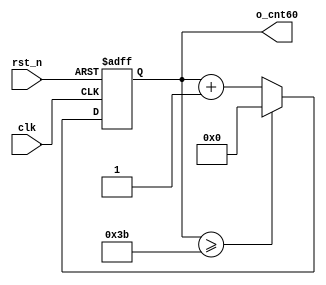
//	==================================================
//	Copyright (c) 2019 Sookmyung Women's University.
//	--------------------------------------------------
//	DEPARTMENT		: EE
//	--------------------------------------------------
//	RELEASE HISTORY
//	--------------------------------------------------
//	VERSION			DATE
//	0.0				2019-10-28
//	--------------------------------------------------
//	PURPOSE			: Seven-Segment Display
//	==================================================

//	--------------------------------------------------
//	0~59 Counter
//	--------------------------------------------------
module cnt60(	o_cnt60,
		clk,
		rst_n);

output	[5:0]	o_cnt60		;

input		clk		;
input		rst_n  		;

reg	[5:0]	o_cnt60	 	;

always @(posedge clk or negedge rst_n) begin
      	if(rst_n == 1'b0) begin
	       	o_cnt60 <= 6'd0				;
		end else begin
	    	if(o_cnt60 >= 6'd59) begin
	      		o_cnt60 <= 6'd0			;
     		end else begin
	      		o_cnt60 <= o_cnt60 + 1'b1	;
	    	end
	 end
end

endmodule

//	--------------------------------------------------
//	Numerical Controlled Oscillator
//	Hz of o_gen_clk = Clock Hz / num
//	--------------------------------------------------
module	nco(	o_gen_clk,
		i_nco_num,
		clk,
		rst_n);

output		o_gen_clk	;	// 1Hz CLK

input	[31:0]	i_nco_num	;
input     	clk		;	// 50Mhz CLK
input		rst_n		;

reg	 	[31:0]	cnt	    	;
reg			o_gen_clk	;

always @(posedge clk or negedge rst_n) begin
        	if(rst_n == 1'b0) begin
	         	cnt		<= 32'd0	;
	         	o_gen_clk	<= 1'd0     	;
	       end else begin
	      	if(cnt >= i_nco_num/2-1) begin
	        		cnt 	<= 32'd0	;
	        		o_gen_clk<= ~o_gen_clk	;
		     end else begin
			      cnt <= cnt + 1'b1		;
		end
	end
end

endmodule

//	--------------------------------------------------
//	NCO Clock Based 0~59 Counter
//	--------------------------------------------------
module	nco_cnt(	o_nco_cnt,
			i_nco_num,
			clk,
			rst_n	);

output	[5:0]	o_nco_cnt	;

input	[31:0]	i_nco_num	;
input		clk		;
input		rst_n		;

wire		gen_clk		;

nco		u_nco(		.o_gen_clk	( gen_clk	),
				.i_nco_num	( i_nco_num	),
				.clk		( clk		),
				.rst_n		( rst_n		));


cnt60		u_cnt60(	.o_cnt60	( o_nco_cnt	),
				.clk		( gen_clk	),
				.rst_n		( rst_n		));

endmodule

//	--------------------------------------------------
//	Flexible Numerical Display Decoder
//	--------------------------------------------------
module		fnd_dec(	o_seg,
				i_num);

output	[6:0]	o_seg		;	// {o_seg_a, o_seg_b, ... , o_seg_g}

input	[3:0]	i_num		;

reg   	[6:0] 	o_seg 		;  // ?? ?? 

always @(i_num) begin  
       case (i_num)
          4'd0 : o_seg = 7'b111_1110    ;
          4'd1 : o_seg = 7'b011_0000    ;
          4'd2 : o_seg = 7'b110_1101    ;
          4'd3 : o_seg = 7'b111_1001    ; 
          4'd4 : o_seg = 7'b011_0011    ; 
          4'd5 : o_seg = 7'b101_1011    ;
          4'd6 : o_seg = 7'b101_1111    ;
          4'd7 : o_seg = 7'b111_0000    ;
          4'd8 : o_seg = 7'b111_1111    ;
          4'd9 : o_seg = 7'b111_0011    ;
          default : o_seg = 7'b000_0000 ;
       endcase
end
 
endmodule

//	--------------------------------------------------
//	0~59 --> 2 Separated Segments
//	--------------------------------------------------
module	double_fig_sep(		o_left,
				o_right,
				i_double_fig);

output	[3:0]	o_left		;
output	[3:0]	o_right		;

input	[5:0]	i_double_fig	;

assign	o_left = i_double_fig / 10	;
assign	o_right  = i_double_fig % 10	;

endmodule

//	--------------------------------------------------
//	0~59 --> 2 Separated Segments
//	--------------------------------------------------
module	led_disp(		o_seg,
				o_seg_dp,
				o_seg_enb,
				i_six_digit_seg,
				i_six_dp,
				clk,
				rst_n	);

output	[5:0]	o_seg_enb		;
output		o_seg_dp		;
output	[6:0]	o_seg			;

input	[41:0]	i_six_digit_seg		;
input	[5:0]	i_six_dp		;
input		clk			;
input		rst_n			;

wire			gen_clk		;
nco		u_nco(		.o_gen_clk	( gen_clk		),
				.i_nco_num	( 32'd50000		),
				.clk		( clk			),
				.rst_n		( rst_n			));

reg	[3:0]	cnt_common_node	;
always @(posedge gen_clk or negedge rst_n) begin
	if(rst_n == 1'b0) begin
		cnt_common_node	<= 32'd0	;
	end else begin
		if(cnt_common_node >= 4'd5) begin
			cnt_common_node <= 4'd0	;
		end else begin
			cnt_common_node <= cnt_common_node + 1'b1;
		end
	end
end

reg	[5:0]	o_seg_enb		;
always @(cnt_common_node) begin
	case (cnt_common_node)
		4'd0 : o_seg_enb = 6'b111110;
		4'd1 : o_seg_enb = 6'b111101;
		4'd2 : o_seg_enb = 6'b111011;
		4'd3 : o_seg_enb = 6'b110111;
		4'd4 : o_seg_enb = 6'b101111;
		4'd5 : o_seg_enb = 6'b011111;
	endcase
end

reg		o_seg_dp		;
always @(cnt_common_node) begin
	case (cnt_common_node)
		4'd0 : o_seg_dp = i_six_dp[0];
		4'd1 : o_seg_dp = i_six_dp[1];
		4'd2 : o_seg_dp = i_six_dp[2];
		4'd3 : o_seg_dp = i_six_dp[3];
		4'd4 : o_seg_dp = i_six_dp[4];
		4'd5 : o_seg_dp = i_six_dp[5];
	endcase
end

reg	[6:0]	o_seg			;
always @(cnt_common_node) begin
	case (cnt_common_node)
		4'd0 : o_seg = i_six_digit_seg[6:0];
		4'd1 : o_seg = i_six_digit_seg[13:7];
		4'd2 : o_seg = i_six_digit_seg[20:14];
		4'd3 : o_seg = i_six_digit_seg[27:21];
		4'd4 : o_seg = i_six_digit_seg[34:28];
		4'd5 : o_seg = i_six_digit_seg[41:35];
	endcase
end

endmodule

//	--------------------------------------------------
//	Top Module
//	--------------------------------------------------
module	top_nco_cnt_disp(	o_seg_enb,
				o_seg_dp,
				o_seg,
				clk,
				rst_n	);

output	[5:0]	o_seg_enb	;
output		o_seg_dp	;
output	[6:0]	o_seg		;

input		clk		;
input		rst_n		;

wire   	[5:0]	nco_cnt 	; 
wire   	[3:0] 	left    	;
wire   	[3:0]	right   	;
wire   	[6:0] 	seg_left	;
wire   	[6:0]	seg_right	;

nco_cnt   u_nco_cnt( .o_nco_cnt   (    nco_cnt     ),
                     .i_nco_num   (  32'd50000000  ),
                     .clk         (    clk         ),
                     .rst_n       (    rst_n       ));

double_fig_sep   u_double_fig_sep (	.o_left      ( left    ),
		                        .o_right     ( right   ),
			                .i_double_fig( nco_cnt ));
               
fnd_dec          u_fnd_dec_left   (  .o_seg( seg_left ),
				     .i_num( left     )); 
				                          
fnd_dec          u_fnd_dec_right  (  .o_seg( seg_right ),
				     .i_num( right     ));

wire    [41:0]   six_digit_seg  ;
assign 	six_digit_seg = { {4{7'b0000000}}, seg_left, seg_right };

led_disp         u_led_disp(		.o_seg           (   o_seg         ),
				        .o_seg_dp        (   o_seg_dp      ),  
				        .o_seg_enb       (   o_seg_enb     ),
			                .i_six_digit_seg (   six_digit_seg ),
			               	.i_six_dp        (   6'd0          ),
				        .clk             (   clk           ),
				        .rst_n           (   rst_n         ));


endmodule